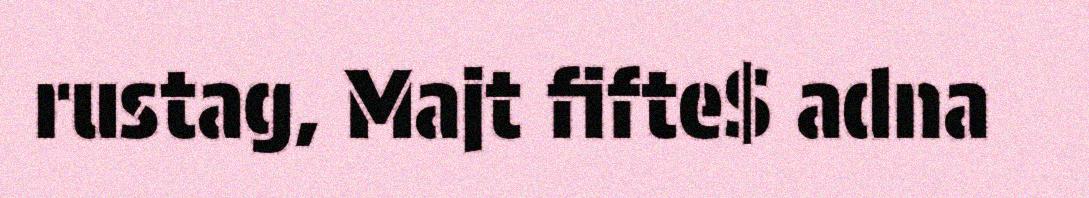
rustag, Majt fifte$ adna